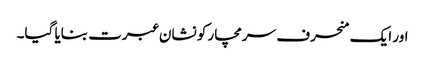
اور ایک منحرف سرمچار کو نشان عبرت بنایا گیا۔